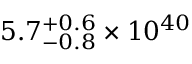
5 . 7 _ { - 0 . 8 } ^ { + 0 . 6 } \times 1 0 ^ { 4 0 }